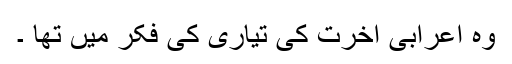
وہ اعرابی آخرت کی تیاری کی فکر میں تھا ۔